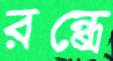
রন্ধ্রে